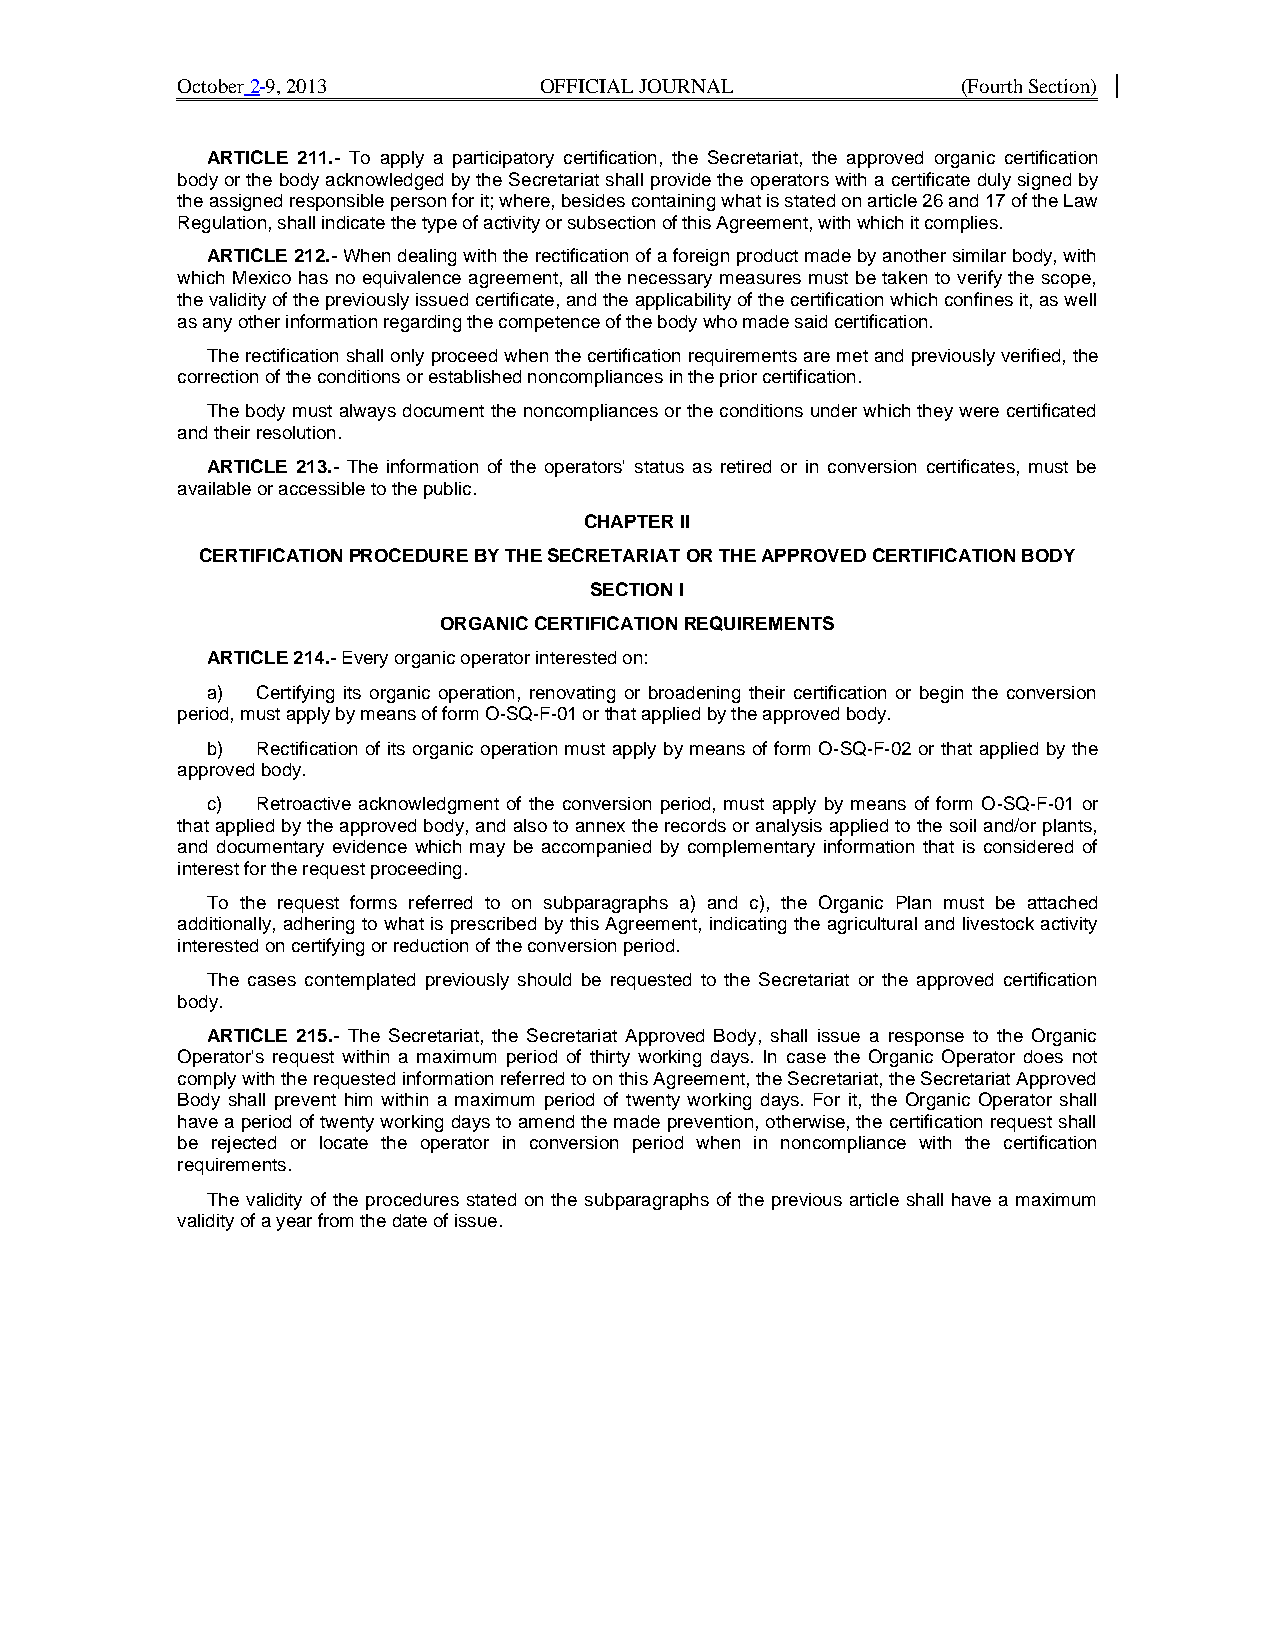
October 2 9, 2013       OFFICIAL JOURNAL            (Fourth Section)
 ARTICLE 211.- To apply a participatory certification, the Secretariat, the approved organic certification
 body or the body acknowledged by the Secretariat shall provide the operators with a certificate duly signed by
 the assigned responsible person for it; where, besides containing what is stated on article 26 and 17 of the Law
 Regulation, shall indicate the type of activity or subsection of this Agreement, with which it complies.
 ARTICLE 212.- When dealing with the rectification of a foreign product made by another similar body, with
 which Mexico has no equivalence agreement, all the necessary measures must be taken to verify the scope,
 the validity of the previously issued certificate, and the applicability of the certification which confines it, as well
 as any other information regarding the competence of the body who made said certification.
 The rectification shall only proceed when the certification requirements are met and previously verified, the
 correction of the conditions or established noncompliances in the prior certification.
 The body must always document the noncompliances or the conditions under which they were certificated
 and their resolution.
 ARTICLE 213.- The information of the operators' status as retired or in conversion certificates, must be
 available or accessible to the public.
 CHAPTER II
 CERTIFICATION PROCEDURE BY THE SECRETARIAT OR THE APPROVED CERTIFICATION BODY
 SECTION I
 ORGANIC CERTIFICATION REQUIREMENTS
 ARTICLE 214.- Every organic operator interested on:
 a) Certifying its organic operation, renovating or broadening their certification or begin the conversion
 period, must apply by means of form O-SQ-F-01 or that applied by the approved body.
 b) Rectification of its organic operation must apply by means of form O-SQ-F-02 or that applied by the
 approved body.
 c) Retroactive acknowledgment of the conversion period, must apply by means of form O-SQ-F-01 or
 that applied by the approved body, and also to annex the records or analysis applied to the soil and/or plants,
 and documentary evidence which may be accompanied by complementary information that is considered of
 interest for the request proceeding.
 To the request forms referred to on subparagraphs a) and c), the Organic Plan must be attached
 additionally, adhering to what is prescribed by this Agreement, indicating the agricultural and livestock activity
 interested on certifying or reduction of the conversion period.
 The cases contemplated previously should be requested to the Secretariat or the approved certification
 body.
 ARTICLE 215.- The Secretariat, the Secretariat Approved Body, shall issue a response to the Organic
 Operator's request within a maximum period of thirty working days. In case the Organic Operator does not
 comply with the requested information referred to on this Agreement, the Secretariat, the Secretariat Approved
 Body shall prevent him within a maximum period of twenty working days. For it, the Organic Operator shall
 have a period of twenty working days to amend the made prevention, otherwise, the certification request shall
 be rejected or locate the operator in conversion period when in noncompliance with the certification
 requirements.
 The validity of the procedures stated on the subparagraphs of the previous article shall have a maximum
 validity of a year from the date of issue.